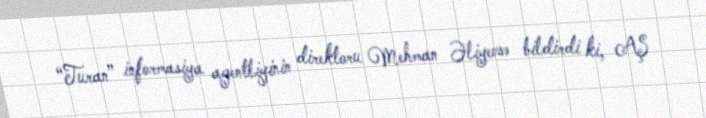
“Turan” informasiya agentliyinin direktoru Mehman Əliyevsə bildirdi ki, AŞ